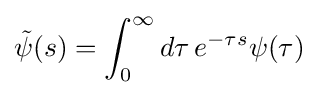
{\tilde {\psi }}(s)=\int _{0}^{\infty }d\tau \,e^{-\tau s}\psi (\tau )